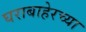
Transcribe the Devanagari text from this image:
घराबाहेरच्या